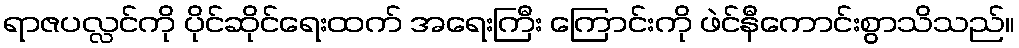
ရာဇပလ္လင်ကို ပိုင်ဆိုင်ရေးထက် အရေးကြီး ကြောင်းကို ဖဲင်နီကောင်းစွာသိသည်။